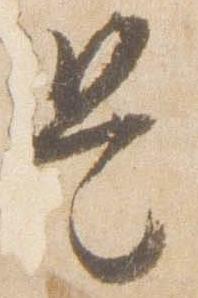
是